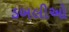
ડબલીઓ